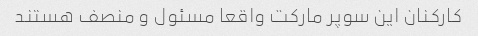
کارکنان این سوپر مارکت واقعا مسئول و منصف هستند